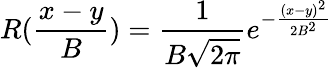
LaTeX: R(\frac{x-y}{B})=\frac{1}{B\sqrt{2\pi}}e^{-\frac{(x-y)^{2}}{2B^{2}}}